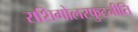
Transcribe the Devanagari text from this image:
राशिगोलस्फुटनीति